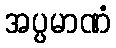
အပ္ပမာဏံ